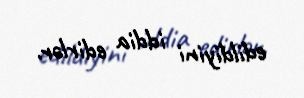
edildiyini iddia edirlər.